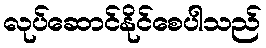
လုပ်ဆောင်နိုင်စေပါသည်